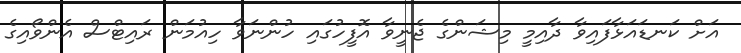
އަށް ކަނޑައަޅާފައިވާ ދާއިމީ މިޝަންގެ ޖެނީވާ އޮފީހުގައި ހުންނަވާ ހިއުމަން ރައިޓްސް އެންވޯއިގެ